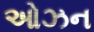
ઓઝન